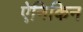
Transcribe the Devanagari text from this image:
ऐनिकिन